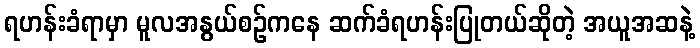
ရဟန်းခံရာမှာ မူလအနွယ်စဉ်ကနေ ဆက်ခံရဟန်းပြုတယ်ဆိုတဲ့ အယူအဆနဲ့